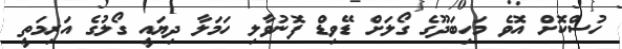
ހުސްކޮށް އޮވެ މަހިބަދޫގެ ގޯލަށް ޑޭވިޑް ފޮނުވާލި ހަމަލާ ދިޔައީ ގޯލުގެ އަރިމަތީ